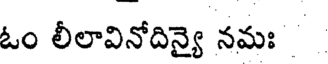
ఓం లీలావినోదిన్యై నమః